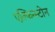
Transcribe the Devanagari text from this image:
एल्फिन्स्टोन